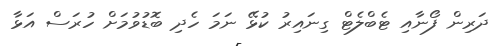
ދަރިން ފޯނާއި ޓެބްލެޓް ގިނައިރު ކުޅޭ ނަމަ ހެދި ބޮޑުވުމަަށް ހުރަސް އަޅާ